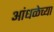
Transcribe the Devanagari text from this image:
आंधळेच्या